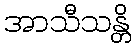
အာသီသန္တိ